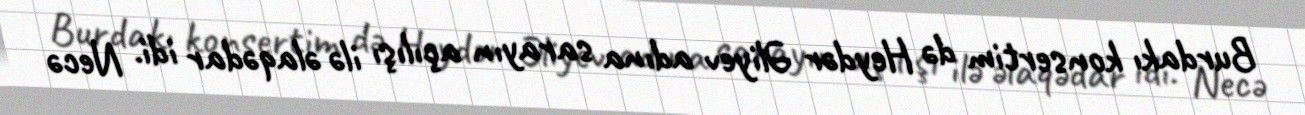
Burdakı konsertim də Heydər Əliyev adına sarayın açılışı ilə əlaqədar idi. Necə